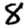
Digit: 8